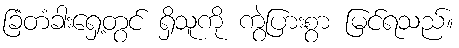
ခြံတံခါးရှေ့တွင် ရှိသူကို ကွဲပြားစွာ မြင်ရသည်။